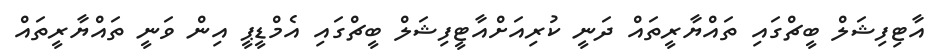
އާޓިފިޝަލް ބީޗްގައި ތައްޔާރީތައް ދަނީ ކުރިއަށްއާޓީފިޝަލް ބީޗްގައި އެމްޑީޕީ އިން ވަނީ ތައްޔާރީތައް